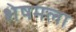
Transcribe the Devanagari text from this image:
शेषमला